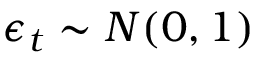
\displaystyle \boldsymbol { \epsilon } _ { t } \sim N ( 0 , 1 )